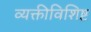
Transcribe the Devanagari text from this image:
व्यक्तीविशिष्ट